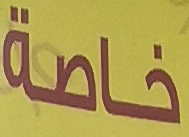
خاصة